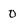
Character: 0